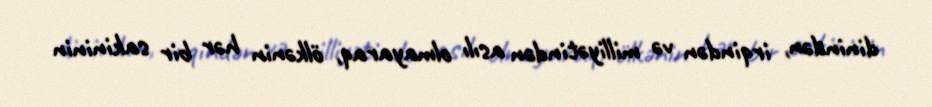
dinindən, irqindən və milliyətindən asılı olmayaraq, ölkənin hər bir sakininin